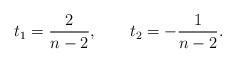
LaTeX: \begin{align*}t_1={2 \over n-2}, \qquad t_2=-{1 \over n-2}.\end{align*}